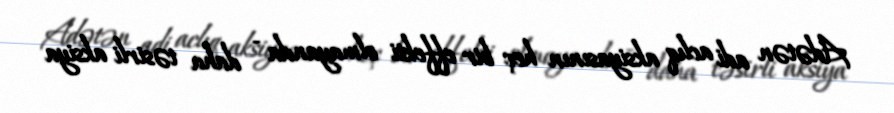
Adətən adi aclıq aksiyasının heç bir effekti olmayanda - daha təsirli aksiya